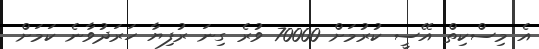
އެ މިސްކިތް އޭސީ ކުރުމަށް 70000 ވުރެ ގިނަ ރުފިޔާ ހަރަދުވާނެ ކަމަށް